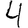
Digit: 4